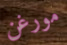
مورغن